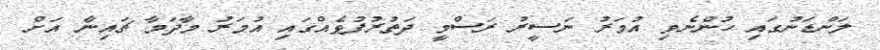
ލަންޑަނުގައި ހުންނެވި އުމަރު ނަސީރު ރަސްމީ ދަތުރުފުޅެއްގައި އުމަރު މާދަމާ ޗައިނާ އަށް